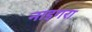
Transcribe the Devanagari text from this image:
नाइगरा